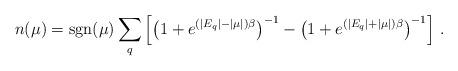
LaTeX: \begin{align*} n(\mu)={\rm sgn} (\mu) \sum_{q}\left[\left(1+e^{(|E_q|-|\mu|)\beta}\right)^{-1} - \left(1+e^{(|E_q|+|\mu|)\beta}\right)^{-1}\right] \,.\end{align*}